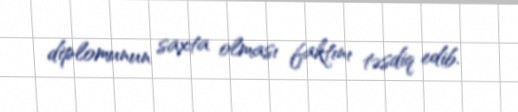
diplomunun saxta olması faktını təsdiq edib.